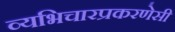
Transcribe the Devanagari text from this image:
व्यभिचारप्रकरणेसी